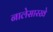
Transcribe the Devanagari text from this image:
नालेसारखे